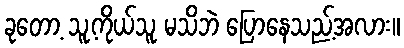
ခုတော့ သူ့ကိုယ်သူ မသိဘဲ ပြောနေသည့်အလား။